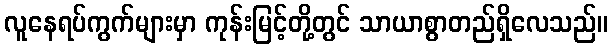
လူနေရပ်ကွက်များမှာ ကုန်းမြင့်တို့တွင် သာယာစွာတည်ရှိလေသည်။